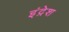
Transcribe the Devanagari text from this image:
इंद्रेश